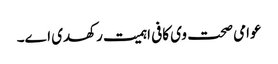
عوامی صحت وی کافی اہمیت رکھدی ا‏‏ے۔